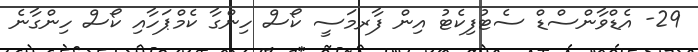
29- އެޑްވާންސްޑް ސެޓުފިކެޓު އިން ފާރމަސީ ކޯސް ހިންގާ ކެމްޕަހާއި ކޯސް ހިންގާނެ